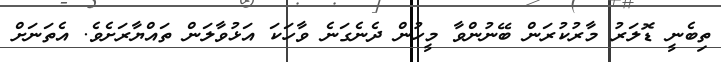
ތިބެނީ ޑޮލަރު މާރުކުރަން ބޭނުންވާ މީހުން ދެނެގަނެ ވާހަކަ އަޅުވާލަން ތައްޔާރަށެވެ. އެތަނަށް